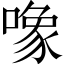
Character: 𱔠